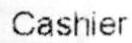
CASHIER